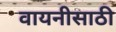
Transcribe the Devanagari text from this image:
वायनीसाठी